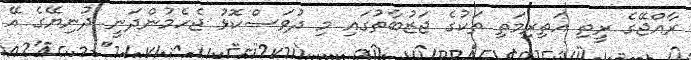
ރާއްޖޭގެ ރީތި އަތިރިމަތި ތަކުގެ ޖަޒުބާތުގައި މި ދުވަސްކޮޅު ޖެހެމުންދަނީ ދުނިޔޭގެ އޭ